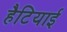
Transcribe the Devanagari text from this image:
हैटियाई